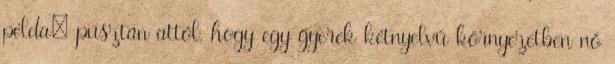
példa: pusztán attól, hogy egy gyerek kétnyelvű környezetben nő